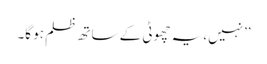
’’نہیں، یہ چھوٹی کے ساتھ ظلم ہو گا۔